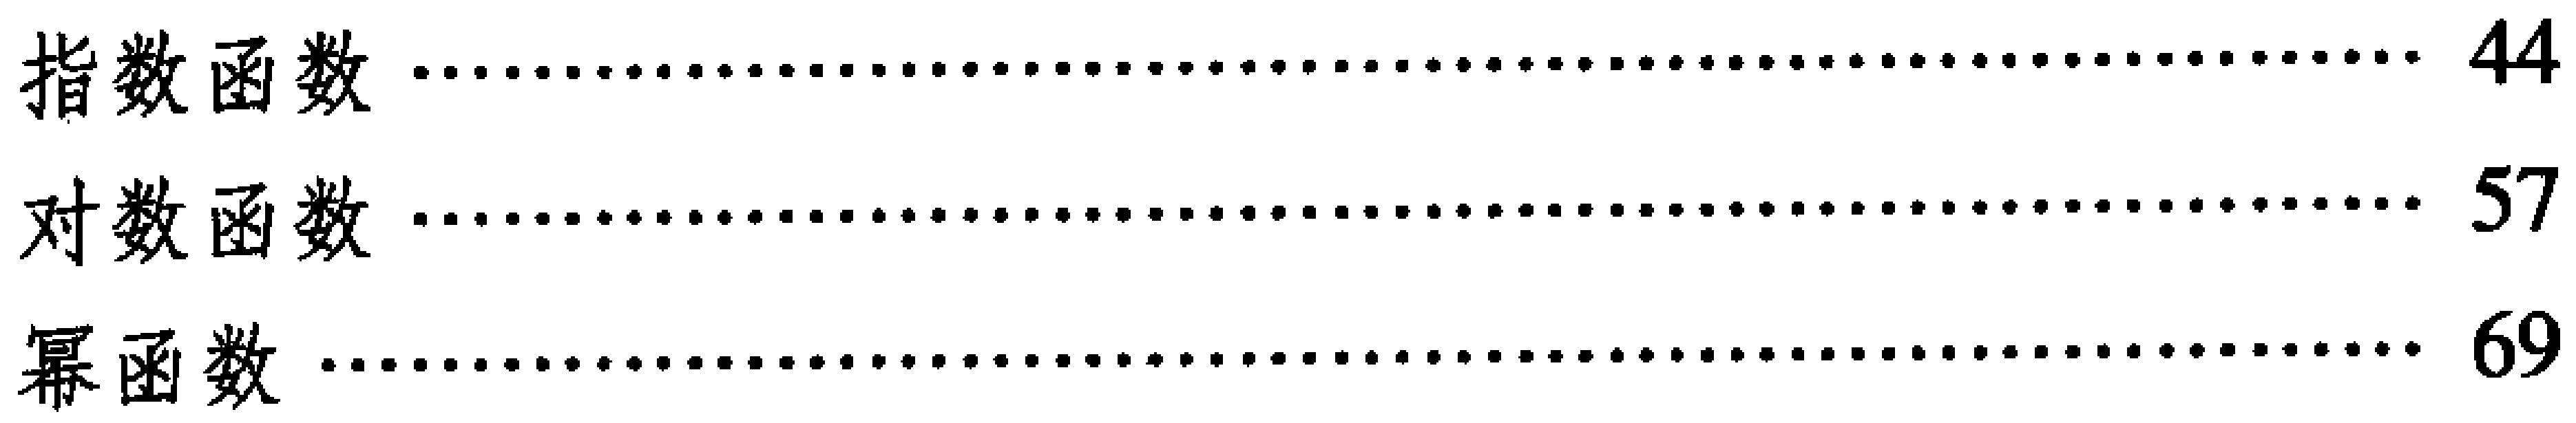
\begin{enumerate}
\item 指数函数 \hfill 44
\item 对数函数 \hfill 57
\item 幂函数 \hfill 69
\end{enumerate}